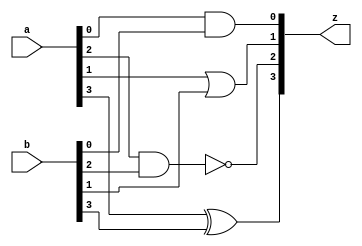
//Gates: AND OR NAND XOR with ports

module testProject (input wire [3:0] a, input wire [3:0] b, output [3:0] z);
	assign z[0] = a[0] & b[0];
	assign z[1] = a[1] | b[1];
	assign z[2] = ~(a[2] & b[2]);
	assign z[3] = a[3] ^ b[3];
endmodule